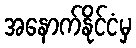
အနောက်နိုင်ငံမှ